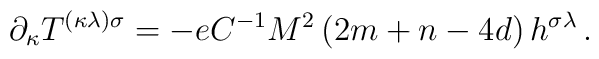
\partial _{\kappa }T^{(\kappa \lambda )\sigma }=-eC^{-1}M^{2}\left(2m+n-4d\right) h^{\sigma \lambda }\,.